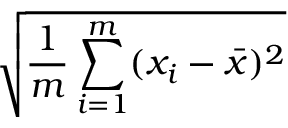
\sqrt { \frac { 1 } { m } \sum _ { i = 1 } ^ { m } ( x _ { i } - \bar { x } ) ^ { 2 } }